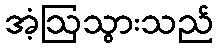
အံ့ဩသွားသည်